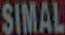
SIMAL